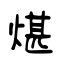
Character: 煁